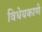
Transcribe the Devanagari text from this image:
विधेयकाणे